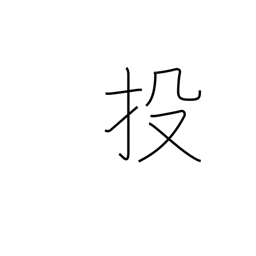
Meaning: abandon